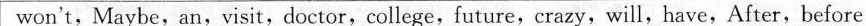
won't, Maybe,an, visit, doctor,college,future,crazy,will,have,After,before